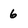
Character: 6